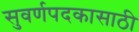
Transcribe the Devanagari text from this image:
सुवर्णपदकासाठी